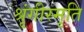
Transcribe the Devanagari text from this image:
श्रृंगीस्मृति